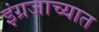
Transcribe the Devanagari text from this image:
इंग्रजाच्यात